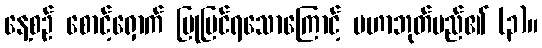
နေ့စဉ် စောင့်ရှောက် ပြုပြင်ရသောကြောင့် မဟာဘုတ်မည်၏ (၃)။